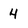
Character: 4